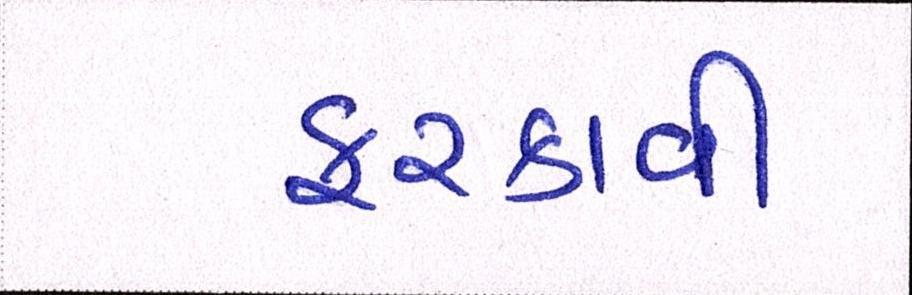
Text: ફરકાવી